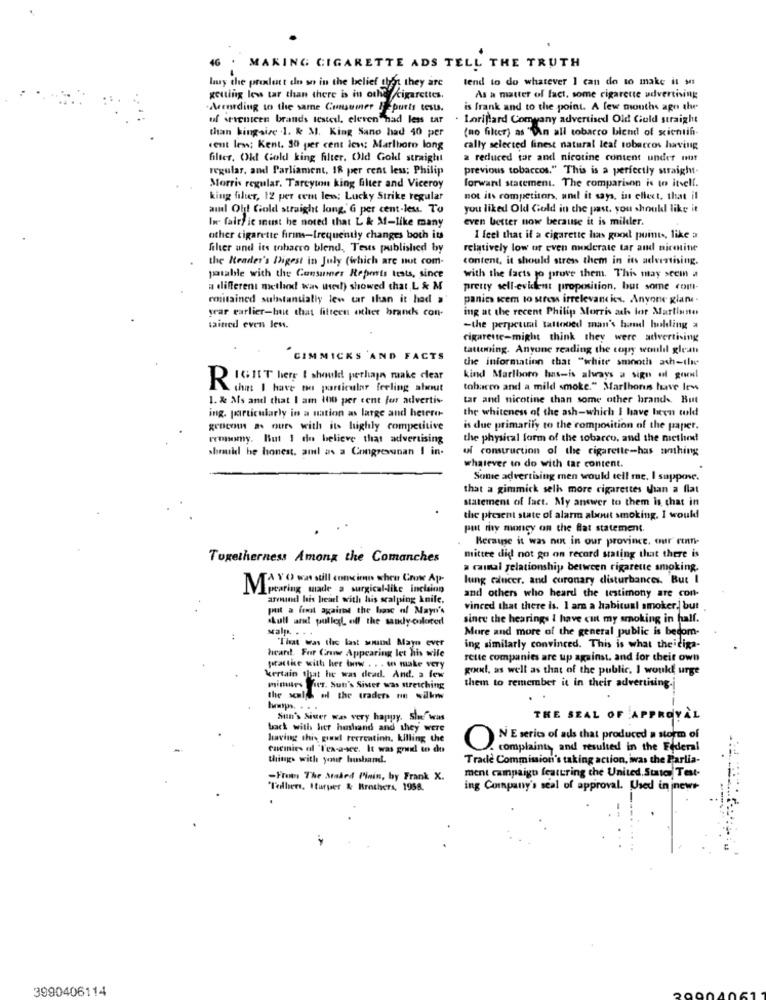
MAKING CIGARETTE ADS TELL THE TRUTH
huy the prixlutt ele so in the belief then they are
lend to do whatever I can do to make it se
getting lews tar than there is in othe cigarettes.
As a matter of fact, some cigarette advertising
.According to the same Consumer & puris tesu.
is frank and to the point. A few months ago the
uf we-senteen brands tested, eleven nad less tar
. Larillard Comwany advertised Old Guld straight
than king-size .1. & M. King Sano had 40 per
(no filter) as "Din all tobacco blend of scientifi-
cent less; Kent. 30 per cent les: Marlboro long
cally selected finest natural leal tobaccos having
filter, Okt Gold king filter. Old Goll straight
a reduced tar and nicotine content under must
regular, and Parliament, 18 per cent less; Philip
previous tobaccos." This is a perfectly straight-
Morris regular. Tarcyum king filter and Viceroy
forward statement. The comparison is to itself.
king filer, 12 per cem lew; Lucky Strike regular
not its competitors, and it says, in effect, that il
and Off! Gold straight lang, G per cent-leu. To
you liked Old Gold in the past, you should like it
le fairy ic must be noted that L & M-like many
even better now because it is milder.
other cigarette firins-frequently changes both its
I feel that il a cigarette las good points, like a
filter und its tobacco blend. Teus published by
relatively low or even moderate tar and nicenine
the Reader's Digest in July (which are not com-
content, it should stress them in its advertising.
potable with the Consumer Reports tests, since
with the facts to prove them. This may seem a
a different metlind was wweil) showed that L & M
pretty sell-evident proposition, but some com-
contained substantially lew car than it had a
panie seem to stress irrelevant ics. Anyone glare.
year earlier-but that fifteen other brands con-
ing at the recent Philip Morris ach lor Martianto
saitred even less.
-the perpetual tattooed man's hand holding a
cigarette-might think they were advertising
tattooing. Anyone reading the copy would glean
GIMMICKS AND FACTS
the information that "white smooth ash-the
DIGHET here I should perhaps make clear
kind Marlboro has-is always a sign of geenl
Kuhn: I have no particular feeling about
tobacco and a mild smoke." Marlboruss have lew
1. & Ms and that I am 100 per cent for advertis-
tar and nicotine than some other brands. But
the whiteness of the ash-which I have been told
ing. particularly in a nation as large and hetero-
grocom a ours with its highly competitive
is due primarily to the composition of the paper.
reonomy. But 1 do believe that advertising
the physical form of the tobarco, and the method
should be honest, aml as a Congressoan I in.
of construction of the cigarette-has nothing
whatever to do with tar content.
Some advertising men would tell me, I suppose.
that a gimmick selh more cigarettes than a flat
statement of fact. My answer to them is that in
the present state of alarm about smoking. I would
put my money on the Bat statement.
Berauge it was next in our province, our' runt-
Togetherness Among the Comanches
mittee did not go on record stating that there is
a cammal relationship between rigarette smoking.
A X O was still concien shen Crow Ap-
lung cancer, and coronary disturbances. But I
Mpcaring made a surgical-like inciainn
arenand his heart with his scalping knife.
and others who heard the testimony are con-
put a fent against the base of Mayn's
vinced that there is. I am a habitual smoker. but
skull and pulled off the sandy-colored
since the hearings I have cut my smoking in half.
walp .. . ..
More and more of the general public is bedom-
"That was the last wound Mayo ever
ing similarly convinced. This is what theitiga-
heard. For Crowe Appearing let his wife
fette companies are up against. and for their own
practice with her www . . . w make very
good, as well as that of the public, I would urge
kertain that he was dead. And. a few
milles Its. Sun's Sister was stretching
them to remember it in their advertising-
the scale ol the traders nn sakwww
Sun's Sister was very happy. She was
THE SEAL OF APPROVAL
back with hier hashand and they were
having this girl recreation, Killing the
O
N E series of ads that produced a storm of
cacinies al 'l'ex-asce. It was grudl to do
. complaints, and resulted in the Federal
things with your husband.
Trade Commission's taking action, was the Parlia-
ment campaign featuring the United States Test-
-From The Staked Pinin, by Frank X.
"Tolbert, turper & Brothers, 1958.
ing Company's seal of approval. Used in inews-
.7
3990406114